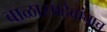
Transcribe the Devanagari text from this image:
बाळासाहेबांचाच